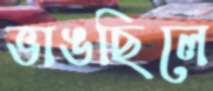
ভাঙছিলে